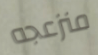
منزعجه